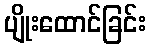
ပျိုးထောင်ခြင်း